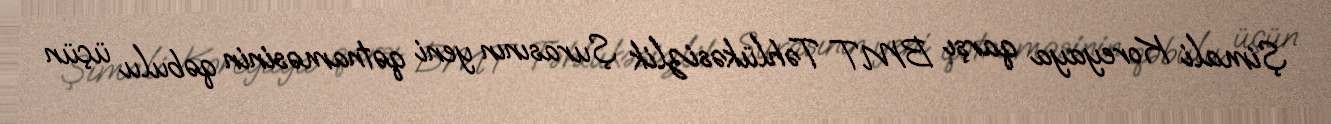
Şimali Koreyaya qarşı BMT Təhlükəsizlik Şurasının yeni qətnaməsinin qəbulu üçün